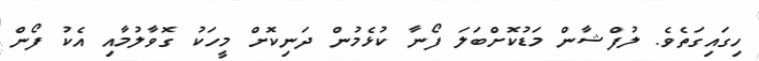
ހިގައިގަތެވެ. ލުފްޝާން މަޑުކޮށްބަލަ ފޯނާ ކުޅެމުން ދަނިކޮށް މީހަކު ގޮވާލުމާއި އެކު ފޯން